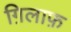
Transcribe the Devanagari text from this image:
ग़िलाफ़